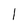
Character: 1